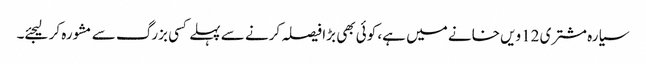
سیارہ مشتری 12ویں خانے میں ہے، کوئی بھی بڑا فیصلہ کرنے سے پہلے کسی بزرگ سے مشورہ کر لیجئے۔